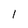
Character: l